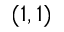
( 1 , 1 )